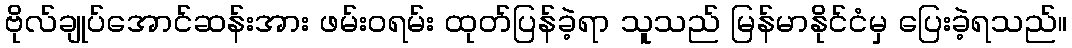
ဗိုလ်ချုပ်အောင်ဆန်းအား ဖမ်းဝရမ်း ထုတ်ပြန်ခဲ့ရာ သူသည် မြန်မာနိုင်ငံမှ ပြေးခဲ့ရသည်။